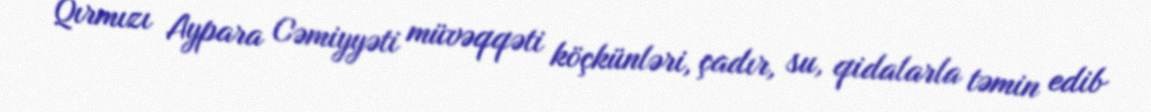
Qırmızı Aypara Cəmiyyəti müvəqqəti köçkünləri, çadır, su, qidalarla təmin edib